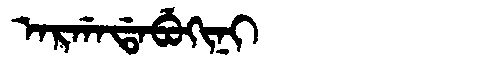
Manchu: ᠠᡵᡤᠠᡩᠠᠪᡠᡴᡳᠨᡳ
Romanization: ARGADABUKINI